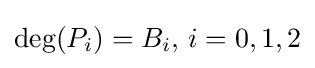
{\rm {deg}}(P_{i})=B_{i},\,i=0,1,2